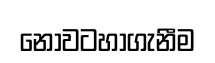
නොවටහාගැනීම